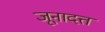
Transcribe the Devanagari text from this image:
जूनादत्त